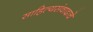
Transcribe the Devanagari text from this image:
साहित्यसंवादाचे